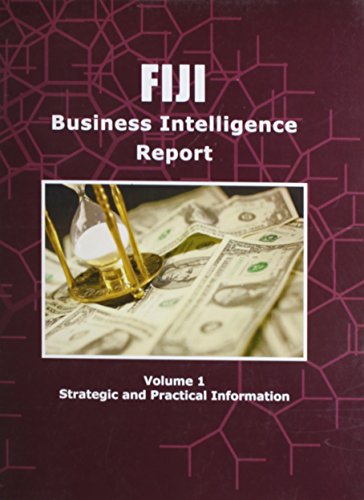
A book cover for Fiji Business Intelligence Report; Ibp Usa; Travel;